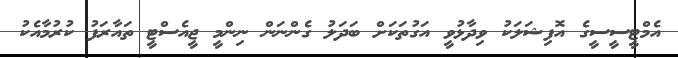
އެމްޓީސީސީގެ އޮފިޝަލަކު ވިދާޅުވީ އަގުތަކަށް ބަދަލު ގެންނަން ނިންމީ ޖީއެސްޓީ ތައާރަފު ކުރުމާއެކު